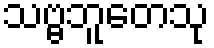
သဗ္ဗဘူတေသု